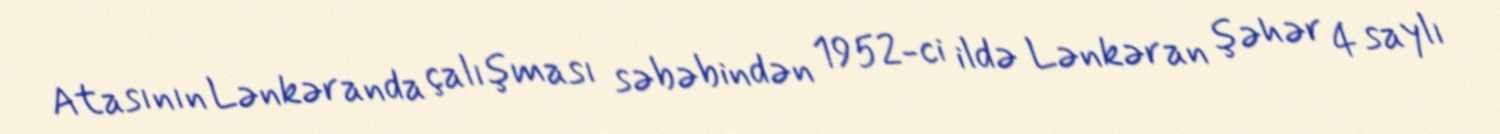
Atasının Lənkəranda çalışması səbəbindən 1952-ci ildə Lənkəran şəhər 4 saylı